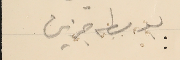
بوسطه جزين